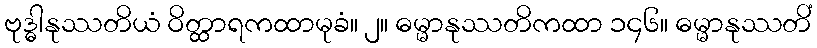
ဗုဒ္ဓါနုဿတိယံ ဝိတ္ထာရကထာမုခံ။ ၂။ ဓမ္မာနုဿတိကထာ ၁၄၆။ ဓမ္မာနုဿတိံ